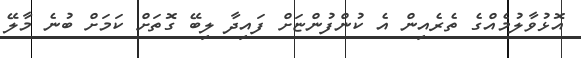
އޮޅުވާލުމެއްގެ ތެރެއިން އެ ކުންފުންޏަށް ފައިދާ ލިބޭ ގޮތަށް ކަމަށް ބުނެ މާލޭ